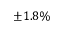
\pm 1 . 8 \%